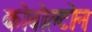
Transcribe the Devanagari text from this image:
कोबोल्टोन